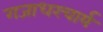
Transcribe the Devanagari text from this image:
गजाधरचार्य